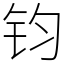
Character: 钧